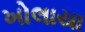
ખોલાયા